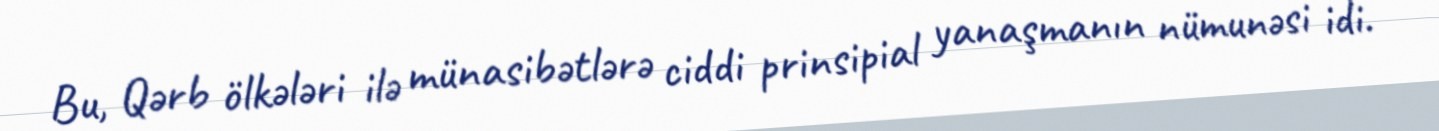
Bu, Qərb ölkələri ilə münasibətlərə ciddi prinsipial yanaşmanın nümunəsi idi.